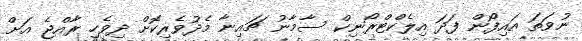
ނުވަތަ އައިފޯން ފަދަ އިލެކްޓްރޯނިކް ސާމާނު ޗައިނާ މެދުވެރިކޮށް ދިވެހި ރާއްޖެ އަށް